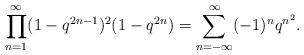
LaTeX: \begin{align*}\prod_{n=1}^{\infty}(1-q^{2n-1})^2(1-q^{2n})=\sum_{n=-\infty}^{\infty }(-1)^nq^{n^2}.\end{align*}